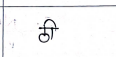
मजकूर: ठी